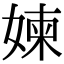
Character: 媡